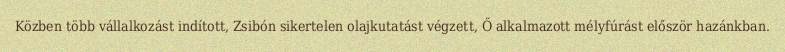
Közben több vállalkozást indított, Zsibón sikertelen olajkutatást végzett, Ő alkalmazott mélyfúrást először hazánkban.